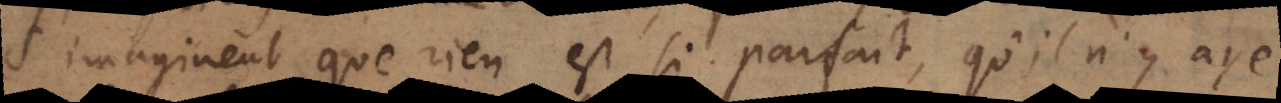
s’imaginent que rien est si parfait, qu’il n’y aye